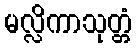
မလ္လိကာသုတ္တံ